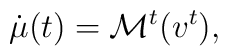
\dot{\mu}(t)={\mathcal M}^t(v^t),